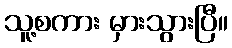
သူ့စကား မှားသွားပြီ။